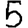
Digit: 5